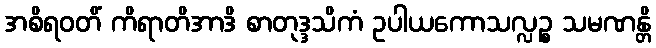
အစိရဝတိံ ကိရာတိအာဒိ စာတုဒ္ဒသိကံ ဥပါယကောသလ္လဉ္စ သမဏန္တိ